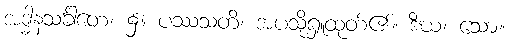
အဒ္ဓါနသင်္ခါတေ၊ ၌။ ပဿသတိ၊ အပသို့ရှူထုတ်၏။ ဒီဃံ၊ သော။